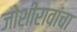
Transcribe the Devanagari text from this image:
जोशीरावांचा